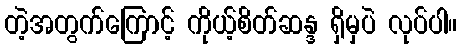
တဲ့အတွက်ကြောင့် ကိုယ့်စိတ်ဆန္ဒ ရှိမှပဲ လုပ်ပါ။